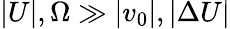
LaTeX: |U|,\Omega\gg|v_{0}|,|\Delta U|